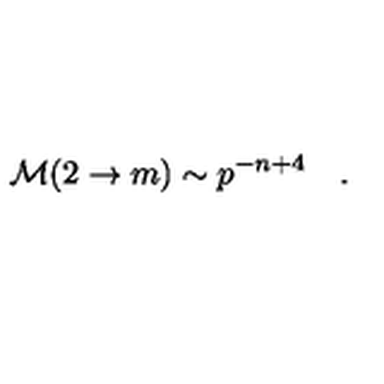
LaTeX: { \cal M } ( 2 \rightarrow m ) \sim p ^ { - n + 4 } \quad .